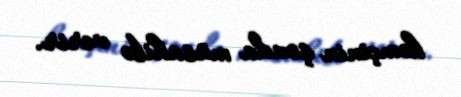
həmçinin şouda müsahibə verir.